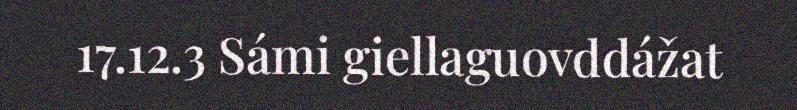
17.12.3 Sámi giellaguovddážat